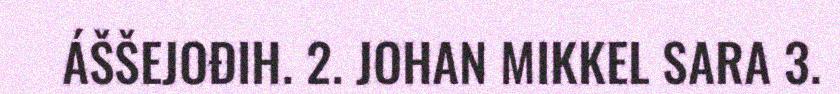
ÁŠŠEJOĐIH. 2. JOHAN MIKKEL SARA 3.